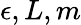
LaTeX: \epsilon,L,m